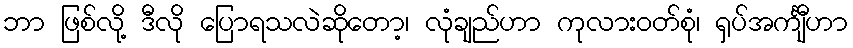
ဘာ ဖြစ်လို့ ဒီလို ပြောရသလဲဆိုတော့၊ လုံချည်ဟာ ကုလားဝတ်စုံ၊ ရှပ်အင်္ကျီဟာ